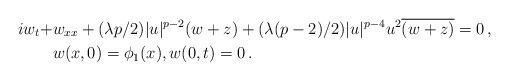
LaTeX: \begin{align*} iw_t + &w _{xx} + (\lambda p/ 2) |u|^{p-2} (w + z) + (\lambda (p-2)/ 2 ) |u|^{p-4} u^2 \overline {(w+ z)} = 0\, , \\& w ( x, 0 ) = \phi_1 (x) , w ( 0 , t ) = 0 \, .\end{align*}